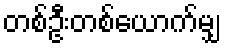
တစ်ဦးတစ်ယောက်မျှ